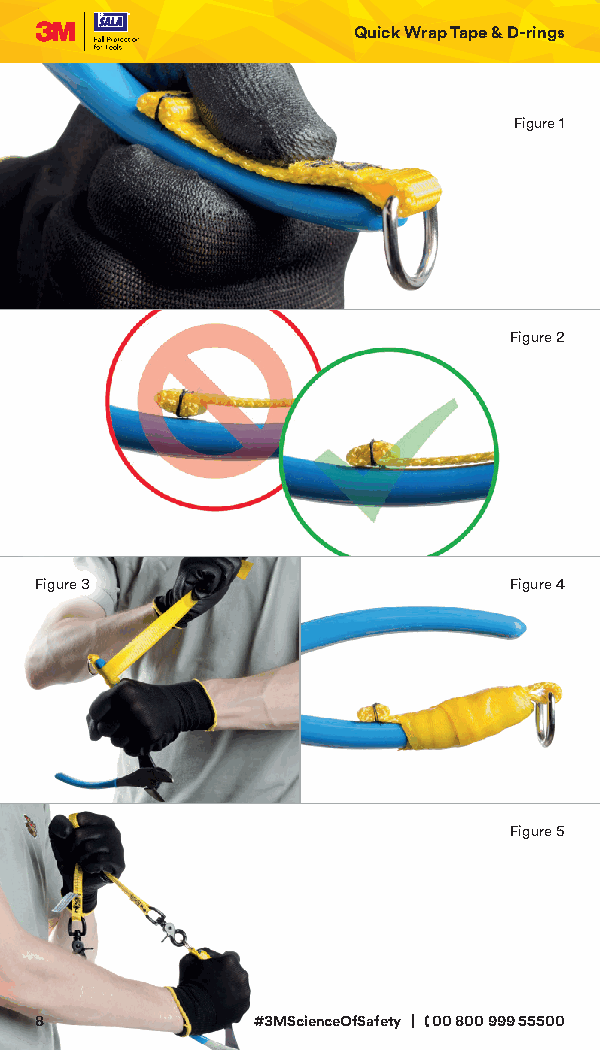
Quick Wrap Tape & D-rings
 Figure 1
 Figure 2
 Figure 3                        Figure 4
 Figure 5
 88             #3MScienceOfSafety | 00 800 999 55500